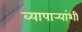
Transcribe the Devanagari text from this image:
व्यापार्‍यांशी